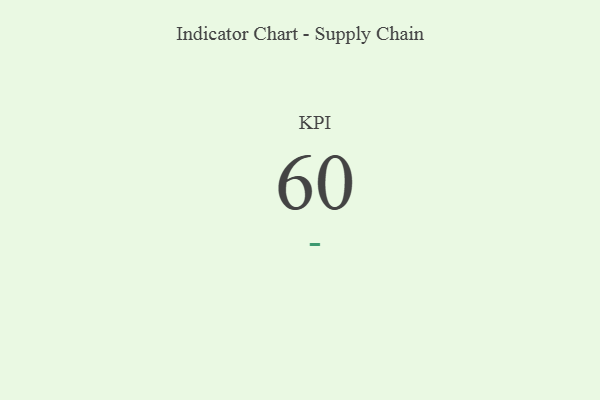
{"axis": {"x": "KPI", "y": "Value"}, "legend": [""], "data": [{"x": "KPI", "y": 60, "type": ""}]}